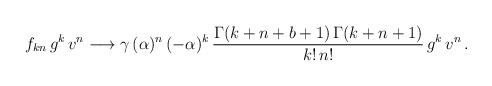
\begin{align*}f_{kn}\, g^k \, v^n \longrightarrow \gamma \, (\alpha)^n \, (-\alpha)^k \,\frac{\Gamma(k+n+b+1)\, \Gamma(k+n+1)}{k! \, n!} \, g^k \, v^n \, .\end{align*}